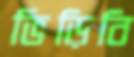
ভিড়িবি